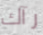
رآك